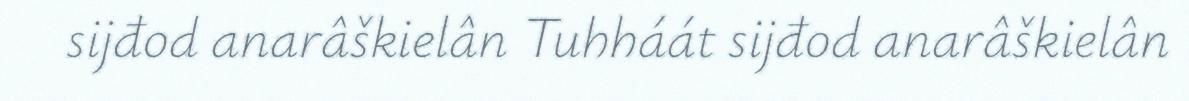
sijđod anarâškielân Tuhháát sijđod anarâškielân